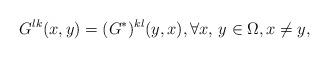
LaTeX: \begin{align*}G^{lk}(x,y)=(G^*)^{kl}(y,x), \forall x,\, y\in \Omega, x\neq y,\end{align*}